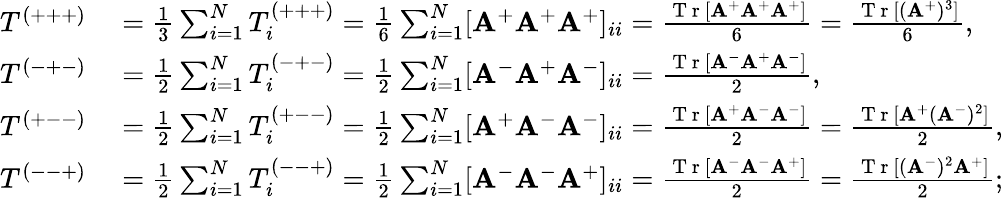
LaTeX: \begin{array}{rl}{T^{(+++)}}&{{}=\frac{1}{3}\sum_{i=1}^{N}T_{i}^{(+++)}=\frac{1}{6}\sum_{i=1}^{N}[\mathbf{A}^{+}\mathbf{A}^{+}\mathbf{A}^{+}]_{ii}=\frac{\mathrm{~T~r~}[\mathbf{A}^{+}\mathbf{A}^{+}\mathbf{A}^{+}]}{6}=\frac{\mathrm{~T~r~}[(\mathbf{A}^{+})^{3}]}{6},}\\ {T^{(-+-)}}&{{}=\frac{1}{2}\sum_{i=1}^{N}T_{i}^{(-+-)}=\frac{1}{2}\sum_{i=1}^{N}[\mathbf{A}^{-}\mathbf{A}^{+}\mathbf{A}^{-}]_{ii}=\frac{\mathrm{~T~r~}[\mathbf{A}^{-}\mathbf{A}^{+}\mathbf{A}^{-}]}{2},}\\ {T^{(+--)}}&{{}=\frac{1}{2}\sum_{i=1}^{N}T_{i}^{(+--)}=\frac{1}{2}\sum_{i=1}^{N}[\mathbf{A}^{+}\mathbf A^{-}\mathbf{A}^{-}]_{ii}=\frac{\mathrm{~T~r~}[\mathbf{A}^{+}\mathbf{A}^{-}\mathbf{A}^{-}]}{2}=\frac{\mathrm{~T~r~}[\mathbf{A}^{+}(\mathbf{A}^{-})^{2}]}{2},}\\ {T^{(--+)}}&{{}=\frac{1}{2}\sum_{i=1}^{N}T_{i}^{(--+)}=\frac{1}{2}\sum_{i=1}^{N}[\mathbf{A}^{-}\mathbf{A}^{-}\mathbf{A}^{+}]_{ii}=\frac{\mathrm{~T~r~}[\mathbf{A}^{-}\mathbf A^{-}\mathbf{A}^{+}]}{2}=\frac{\mathrm{~T~r~}[(\mathbf{A}^{-})^{2}\mathbf{A}^{+}]}{2};}\end{array}